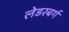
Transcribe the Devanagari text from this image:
लेडरबर्ग